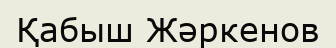
Қабыш Жәркенов